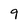
Character: 9